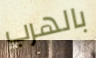
بالهرب